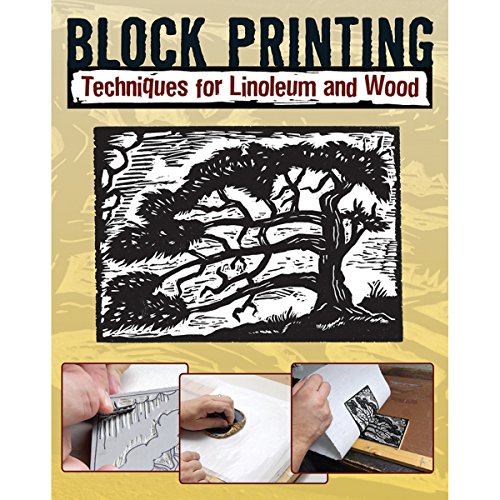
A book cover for Block Printing: Techniques for Linoleum and Wood; Sandy Allison; Arts & Photography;